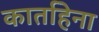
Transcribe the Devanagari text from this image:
कार्ताहेना